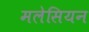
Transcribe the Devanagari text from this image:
मलेसियन